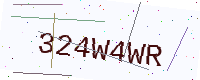
Text: 324W4WR